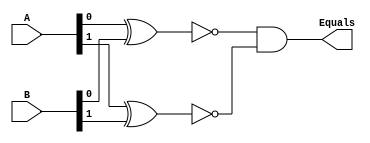
module Comparator2(A, B, Equals);
   input[1:0] A, B;
   output reg Equals;
	assign Equals = ~(A[0] ^ B[0]) & ~( A[1] ^ B[1]);   		
                   	          	
// student code here


endmodule